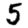
Digit: 5